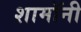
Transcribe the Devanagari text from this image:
शामॉनी